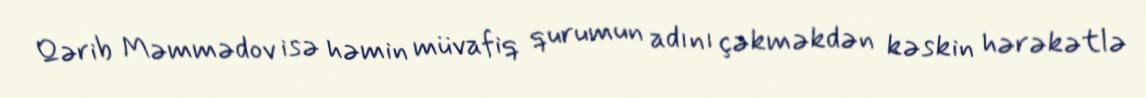
Qərib Məmmədov isə həmin müvafiq qurumun adını çəkməkdən kəskin hərəkətlə